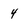
Character: 4